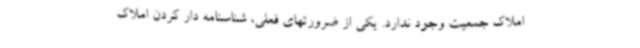
املاک جمعیت وجود ندارد. یکی از ضرورتهای فعلی، شناسنامه دار کردن املاک